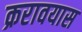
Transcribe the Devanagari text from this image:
क्ररावयास